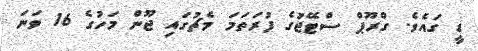
ޑީ ގައެވެ. ގްރޫޕް ސްޓޭޖުގެ ފުރަތަމަ މެޗުގައި ޖޫން މަހުގެ 16 ވަނަ